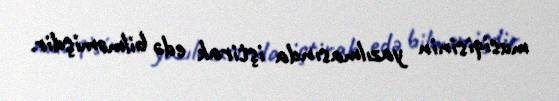
musiqisinin yazılmasında iştirak edə bilməmişdir.